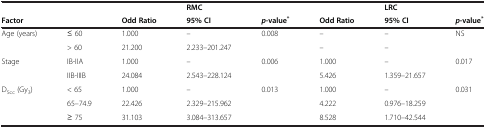
|  |  |  | RMC |  |  | LRC |  |
 | Factor |  | Odd Ratio | 95% CI | p-value* | Odd Ratio | 95% CI | p-value* |
 | --- | --- | --- | --- | --- | --- | --- | --- |
 | Age (years) | ≤ 60 | 1.000 | – | 0.008 | – | – | NS |
 |  | > 60 | 21.200 | 2.233–201.247 |  | – | – |  |
 | Stage | IB-IIA | 1.000 | – | 0.006 | 1.000 | – | 0.017 |
 |  | IIB-IIIB | 24.084 | 2.543–228.124 |  | 5.426 | 1.359–21.657 |  |
 | D5cc (Gy3) | < 65 | 1.000 | – | 0.013 | 1.000 | – | 0.031 |
 |  | 65–74.9 | 22.426 | 2.329–215.962 |  | 4.222 | 0.976–18.259 |  |
 |  | ≥ 75 | 31.103 | 3.084–313.657 |  | 8.528 | 1.710–42.544 |  |